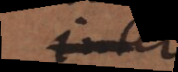
Inter